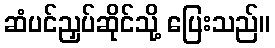
ဆံပင်ညှပ်ဆိုင်သို့ ပြေးသည်။